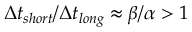
\Delta t _ { s h o r t } / \Delta t _ { l o n g } \approx \beta / \alpha > 1